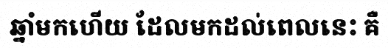
ឆ្នាំមកហើយ ដែលមកដល់ពេលនេះ គឺ